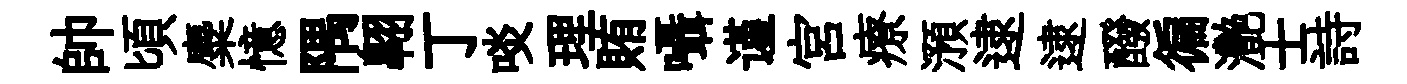
帥頃麋憶隅翺丁啖理賄囁谨宫療澦逮逮醱徧灧士詩